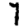
Digit: 7